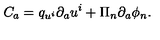
C _ { a } = q _ { u ^ { i } } \partial _ { a } u ^ { i } + \Pi _ { n } \partial _ { a } \phi _ { n } .